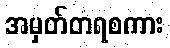
အမှတ်တရစကား